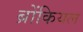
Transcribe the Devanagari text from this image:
ब्रोंकियल